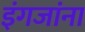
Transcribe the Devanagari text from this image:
इंगजांना